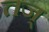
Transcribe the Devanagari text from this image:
तज्